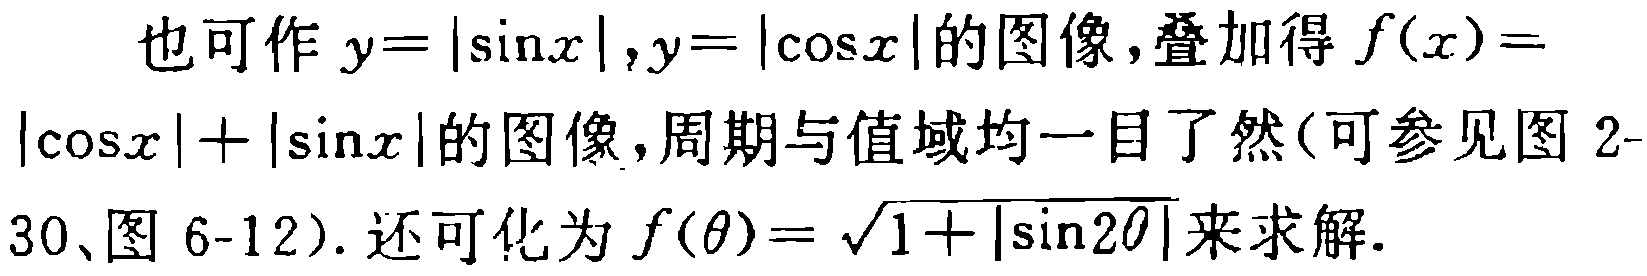
也可作\(y = |\sin x|,y = |\cos x|\)的图像,叠加得\(f(x)=|\cos x| + |\sin x|\)的图像,周期与值域均一目了然(可参见图 2-30、图 6-12). 还可化为\(f(\theta)=\sqrt{1 + |\sin 2\theta|}\)来求解.